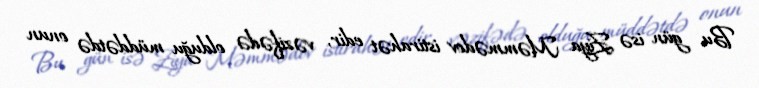
Bu gün isə Ziya Məmmədov istirahət edir, vəzifədə olduğu müddətdə onun